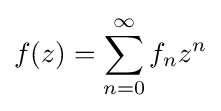
f(z)=\sum _{n=0}^{\infty }f_{n}z^{n}